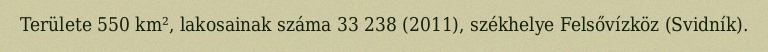
Területe 550 km², lakosainak száma 33 238 (2011), székhelye Felsővízköz (Svidník).